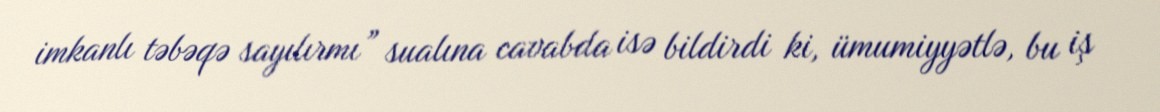
imkanlı təbəqə sayılırmı” sualına cavabda isə bildirdi ki, ümumiyyətlə, bu iş